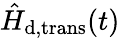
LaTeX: \hat{H}_{\mathrm{d,trans}}(t)